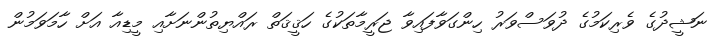
ނަޝީދުގެ ވެރިކަމުގެ ދުވަސްވަރު ހިންގަވާފައިވާ ޖަރީމާތަކުގެ ހަޤީޤަތް ރައްޔިތުންނަށާއި މީޑިއާ އަށް ހާމަވަމުން